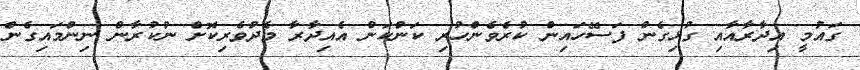
ގައުމީ އިދާރާއާއި ގުޅިގެން ފަސޭހައިން ކުރެވެންހުރި ކަންކަން އެއިދާރާ މެދުވެރިކޮށް ނުކުރާން ނިންމައިގެން